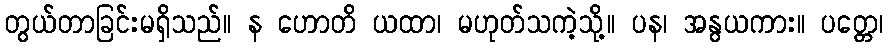
တွယ်တာခြင်းမရှိသည်။ န ဟောတိ ယထာ၊ မဟုတ်သကဲ့သို့။ ပန၊ အနွယကား။ ပတ္တေ၊